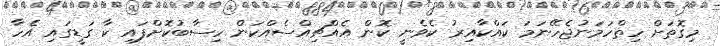
މިގޮތަށް ހިތްހަމަނުޖެހޭނަމަ ކައްކާއިރު ކެވެނީ ކޮން އެއްޗިއްސެއްކަން ހިސާބުކޮށްފައި ކާ ގަޑީގައި އެހާ